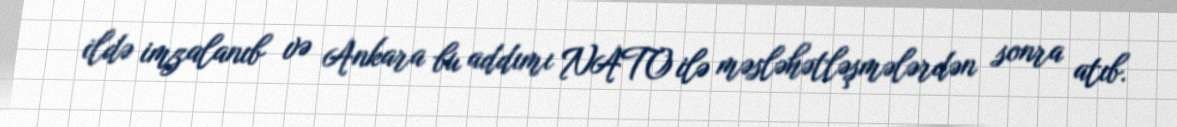
ildə imzalanıb və Ankara bu addımı NATO ilə məsləhətləşmələrdən sonra atıb.